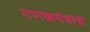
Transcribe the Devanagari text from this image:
गणकयंत्राचे